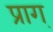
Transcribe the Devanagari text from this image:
प्राग्‌